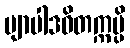
ဗျာပါဒဝိတက္ကမ္ပိ